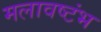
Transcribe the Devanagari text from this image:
मलावष्टंभ